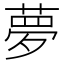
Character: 夢